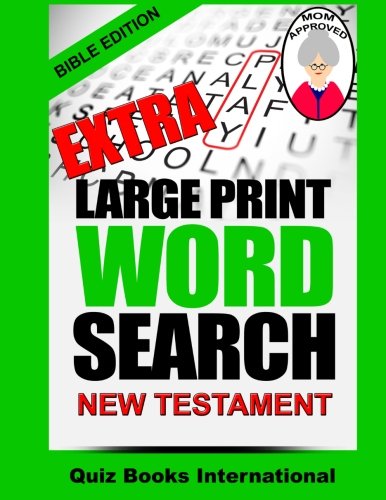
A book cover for Extra Large Print Word Search Bible Edition - New Testament; Quiz Books International; Humor & Entertainment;